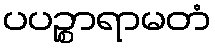
ပပဉ္စာရာမတံ